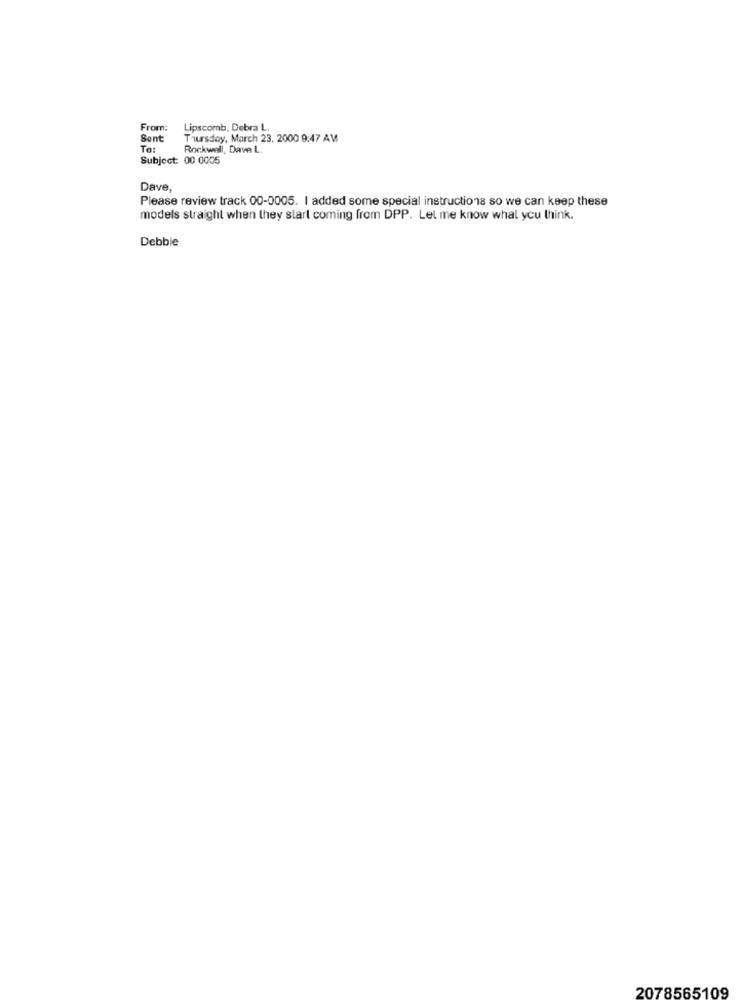
From:
Lipscomb, Debra L.
Sent
Thursday, March 23. 2000 9:47 AM
To:
Rockwell, Dave L.
Subject: 00 0005
Dave,
Please review track 00-0005. I added some special instructions so we can keep these
models straight when they start coming from DPP. Let me know what you think.
Debbie
2078565109